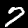
Label: 7